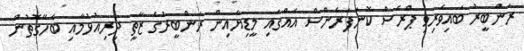
ރަންބީރު ބައިވެރިވި ޕްރެސް ކޮނަފަރެންސް އެއްގައި މީޑިޔާއިން ރަންބީރުގެ ޒާތީ ދިރިއުޅުމާއި ބެހޭގޮތުން